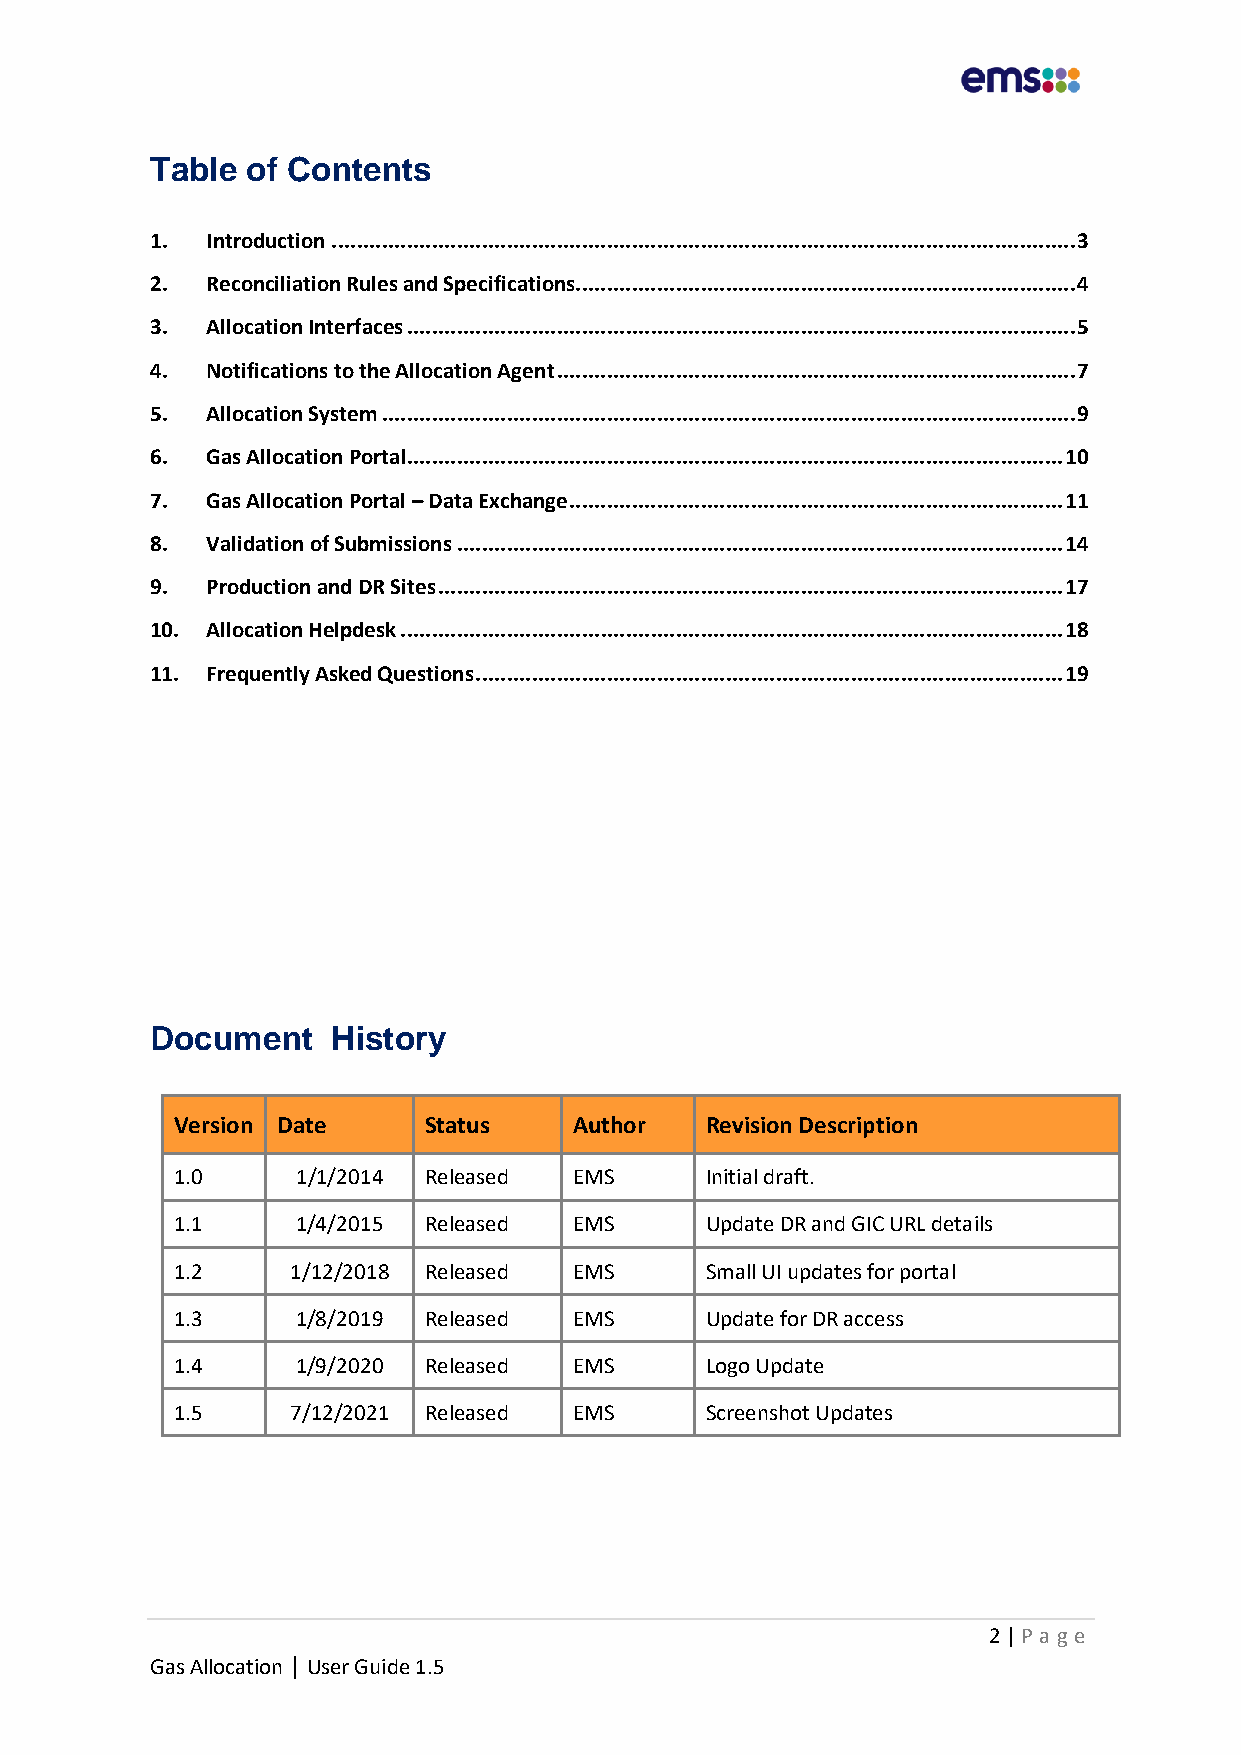
Table of Contents
 1.  Introduction ....................................................................................................................... 3
 2.  Reconciliation Rules and Specifications................................................................................ 4
 3.  Allocation Interfaces ........................................................................................................... 5
 4.  Notifications to the Allocation Agent ................................................................................... 7
 5.  Allocation System ............................................................................................................... 9
 6.  Gas Allocation Portal ......................................................................................................... 10
 7.  Gas Allocation Portal – Data Exchange ............................................................................... 11
 8.  Validation of Submissions ................................................................................................. 14
 9.  Production and DR Sites .................................................................................................... 17
 10. Allocation Helpdesk .......................................................................................................... 18
 11. Frequently Asked Questions .............................................................................................. 19
 Document    History
 Version Date     Status    Author   Revision Description
 1.0      1/1/2014 Released EMS      Initial draft.
 1.1      1/4/2015 Released EMS      Update DR and GIC URL details
 1.2     1/12/2018 Released EMS      Small UI updates for portal
 1.3      1/8/2019 Released EMS      Update for DR access
 1.4      1/9/2020 Released EMS      Logo Update
 1.5     7/12/2021 Released EMS      Screenshot Updates
 2 | P age
 Gas Allocation | User Guide 1.5